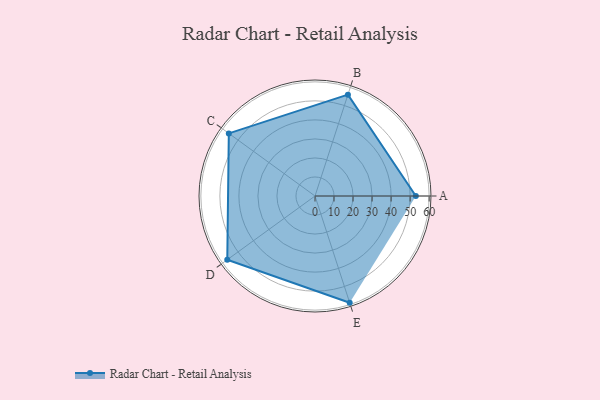
{"axis": {"x": "Skill", "y": "Score"}, "legend": ["Profile"], "data": [{"x": "A", "y": 53.0, "type": "Profile"}, {"x": "B", "y": 56.0, "type": "Profile"}, {"x": "C", "y": 56.0, "type": "Profile"}, {"x": "D", "y": 57.0, "type": "Profile"}, {"x": "E", "y": 59.0, "type": "Profile"}]}